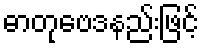
ဓာတုဗေဒနည်းဖြင့်